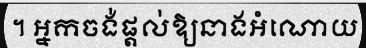
។ អ្នកចង់ផ្តល់ឱ្យនាងអំណោយ